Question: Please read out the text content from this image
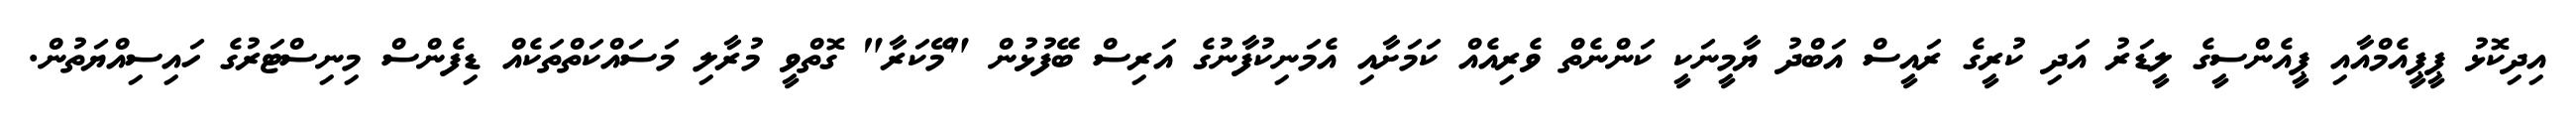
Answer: އިދިކޮޅު ޕީޕީއެމްއާއި ޕީއެންސީގެ ލީޑަރު އަދި ކުރީގެ ރައީސް އަބްދު ޔާމީނަކީ ކަންނެތް ވެރިއެއް ކަމަށާއި އެމަނިކުފާނުގެ އަރިސް ބޭފުޅުން "މޭކަރާ" ގޮތްވީ މުރާލި މަސައްކަތްތަކެއް ޑިފެންސް މިނިސްޓަރުގެ ހައިސިއްޔަތުން.